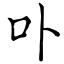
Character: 卟